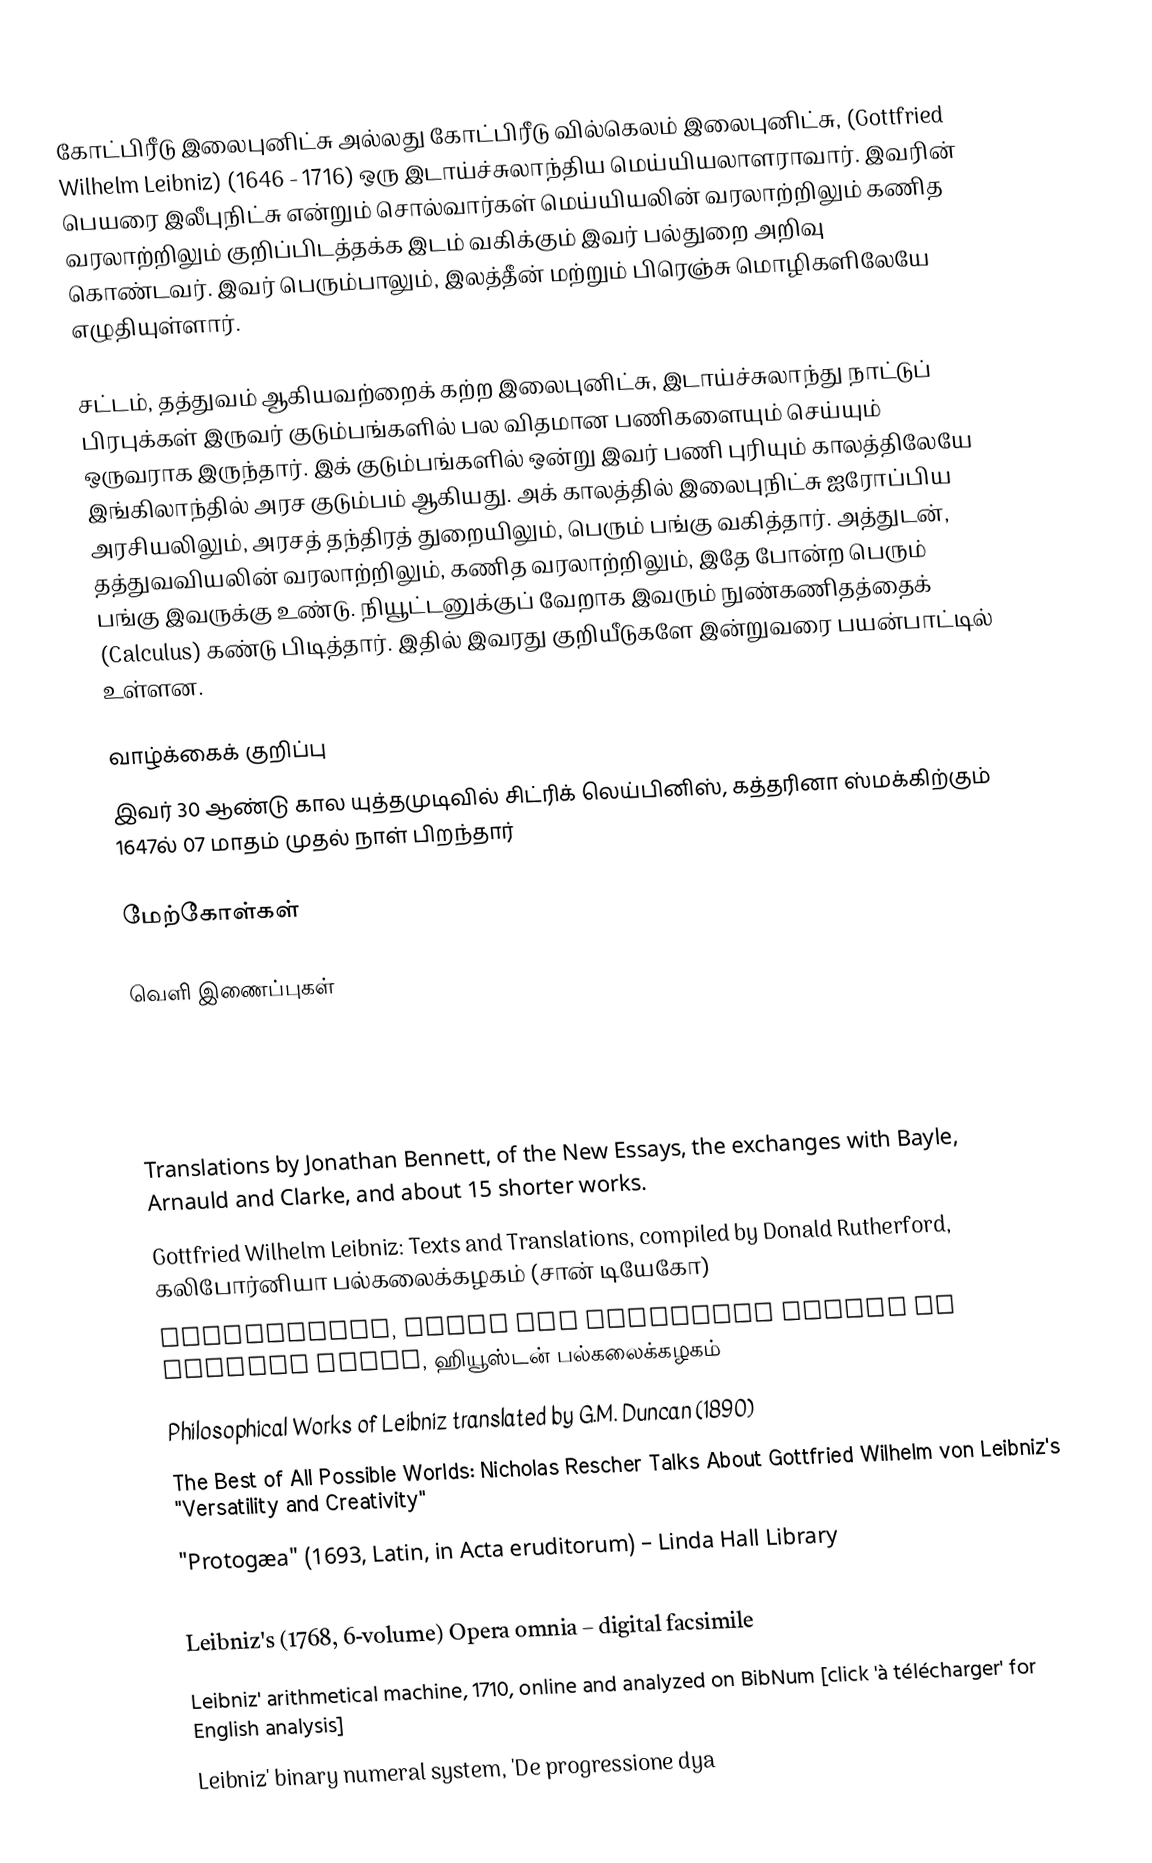
கோட்பிரீடு இலைபுனிட்சு அல்லது கோட்பிரீடு வில்கெலம் இலைபுனிட்சு, (Gottfried Wilhelm Leibniz) (1646 - 1716) ஒரு இடாய்ச்சுலாந்திய மெய்யியலாளராவார். இவரின் பெயரை இலீபுநிட்சு என்றும் சொல்வார்கள் மெய்யியலின் வரலாற்றிலும் கணித வரலாற்றிலும் குறிப்பிடத்தக்க இடம் வகிக்கும் இவர் பல்துறை அறிவு கொண்டவர். இவர் பெரும்பாலும், இலத்தீன் மற்றும் பிரெஞ்சு மொழிகளிலேயே எழுதியுள்ளார்.

சட்டம், தத்துவம் ஆகியவற்றைக் கற்ற இலைபுனிட்சு, இடாய்ச்சுலாந்து நாட்டுப் பிரபுக்கள் இருவர் குடும்பங்களில் பல விதமான பணிகளையும் செய்யும் ஒருவராக இருந்தார். இக் குடும்பங்களில் ஒன்று இவர் பணி புரியும் காலத்திலேயே இங்கிலாந்தில் அரச குடும்பம் ஆகியது. அக் காலத்தில் இலைபுநிட்சு ஐரோப்பிய அரசியலிலும், அரசத் தந்திரத் துறையிலும், பெரும் பங்கு வகித்தார். அத்துடன், தத்துவவியலின் வரலாற்றிலும், கணித வரலாற்றிலும், இதே போன்ற பெரும் பங்கு இவருக்கு உண்டு. நியூட்டனுக்குப் வேறாக இவரும் நுண்கணிதத்தைக் (Calculus) கண்டு பிடித்தார்.  இதில் இவரது குறியீடுகளே இன்றுவரை பயன்பாட்டில் உள்ளன.

வாழ்க்கைக் குறிப்பு
இவர் 30 ஆண்டு கால யுத்தமுடிவில் சிட்ரிக் லெய்பினிஸ், கத்தரினா ஸ்மக்கிற்கும் 1647ல் 07 மாதம் முதல் நாள் பிறந்தார்

மேற்கோள்கள்

வெளி இணைப்புகள்

 Translations by Jonathan Bennett, of the New Essays, the exchanges with Bayle, Arnauld and Clarke, and about 15 shorter works.
 Gottfried Wilhelm Leibniz: Texts and Translations, compiled by Donald Rutherford, கலிபோர்னியா பல்கலைக்கழகம் (சான் டியேகோ)
 Leibnitiana, links and resources edited by Gregory Brown, ஹியூஸ்டன் பல்கலைக்கழகம்
 Philosophical Works of Leibniz translated by G.M. Duncan (1890)
 The Best of All Possible Worlds: Nicholas Rescher Talks About Gottfried Wilhelm von Leibniz's "Versatility and Creativity"
 "Protogæa" (1693, Latin, in Acta eruditorum) – Linda Hall Library
 Protogaea (1749, German) – full digital facsimile from Linda Hall Library
 Leibniz's (1768, 6-volume) Opera omnia – digital facsimile
 Leibniz' arithmetical machine, 1710, online and analyzed on BibNum [click 'à télécharger' for English analysis]
 Leibniz' binary numeral system, 'De progressione dya